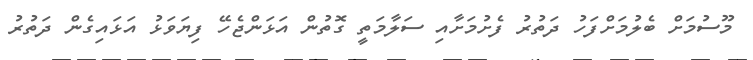
މޫސުމަށް ބެލުމަށްފަހު ދަތުރު ފެށުމަށާއި ސަލާމަތީ ގޮތުން އަޅަންޖެހޭ ފިޔަވަޅު އަޅައިގެން ދަތުރު